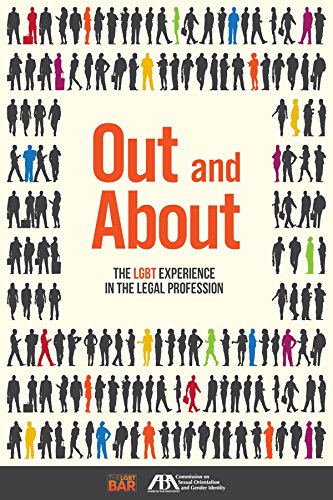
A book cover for Out and About: The LGBT Experience in the Legal Profession; American Bar Association; Law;